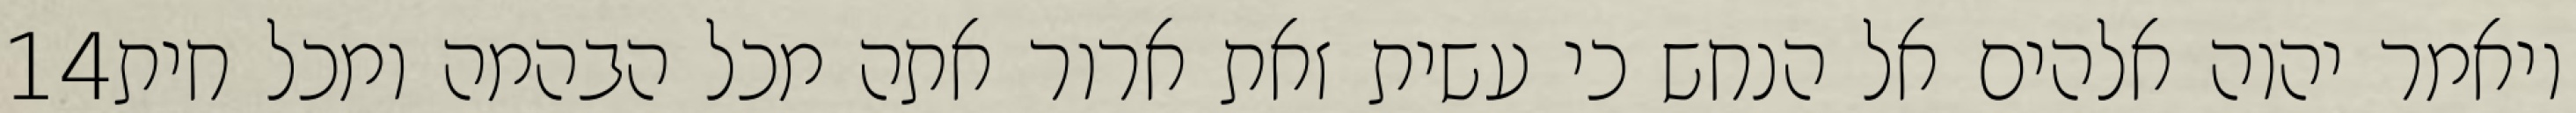
‎14‏ ויאמר יהוה אלהים אל הנחש כי עשית זאת ארור אתה מכל הבהמה ומכל חית